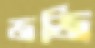
জজি